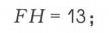
\(FH = 13\)；